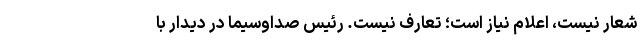
شعار نیست، اعلام نیاز است؛ تعارف نیست. رئیس صداوسیما در دیدار با